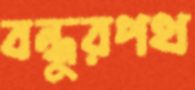
বন্ধুরপথ